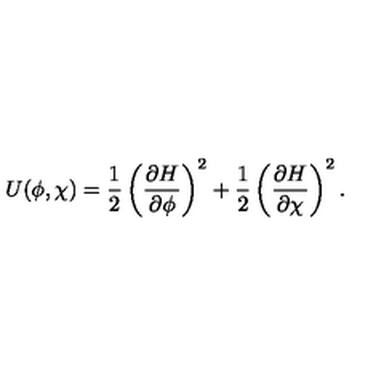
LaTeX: U ( \phi , \chi ) = \frac { 1 } { 2 } \left( \frac { \partial H } { \partial \phi } \right) ^ { 2 } + \frac { 1 } { 2 } \left( \frac { \partial H } { \partial \chi } \right) ^ { 2 } .